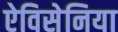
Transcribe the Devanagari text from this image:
ऐविसेनिया